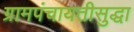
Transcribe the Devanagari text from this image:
ग्रामपंचायतीसुद्धा